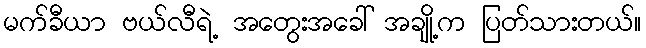
မက်ခီယာ ဗယ်လီရဲ့ အတွေးအခေါ် အချို့က ပြတ်သားတယ်။